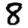
Digit: 8